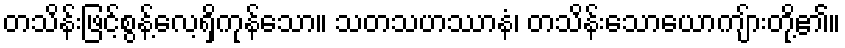
တသိန်းဖြင့်စွန့်လေ့ရှိကုန်သော။ သတသဟဿာနံ၊ တသိန်းသောယောကျ်ားတို့၏။